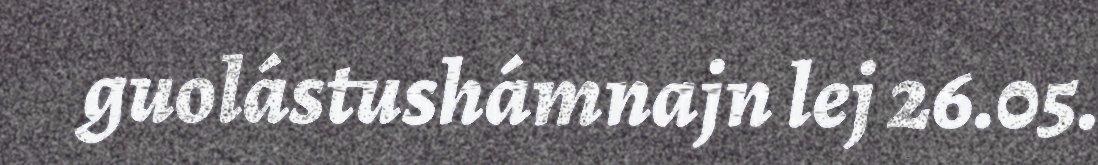
guolástushámnajn lej 26.05.